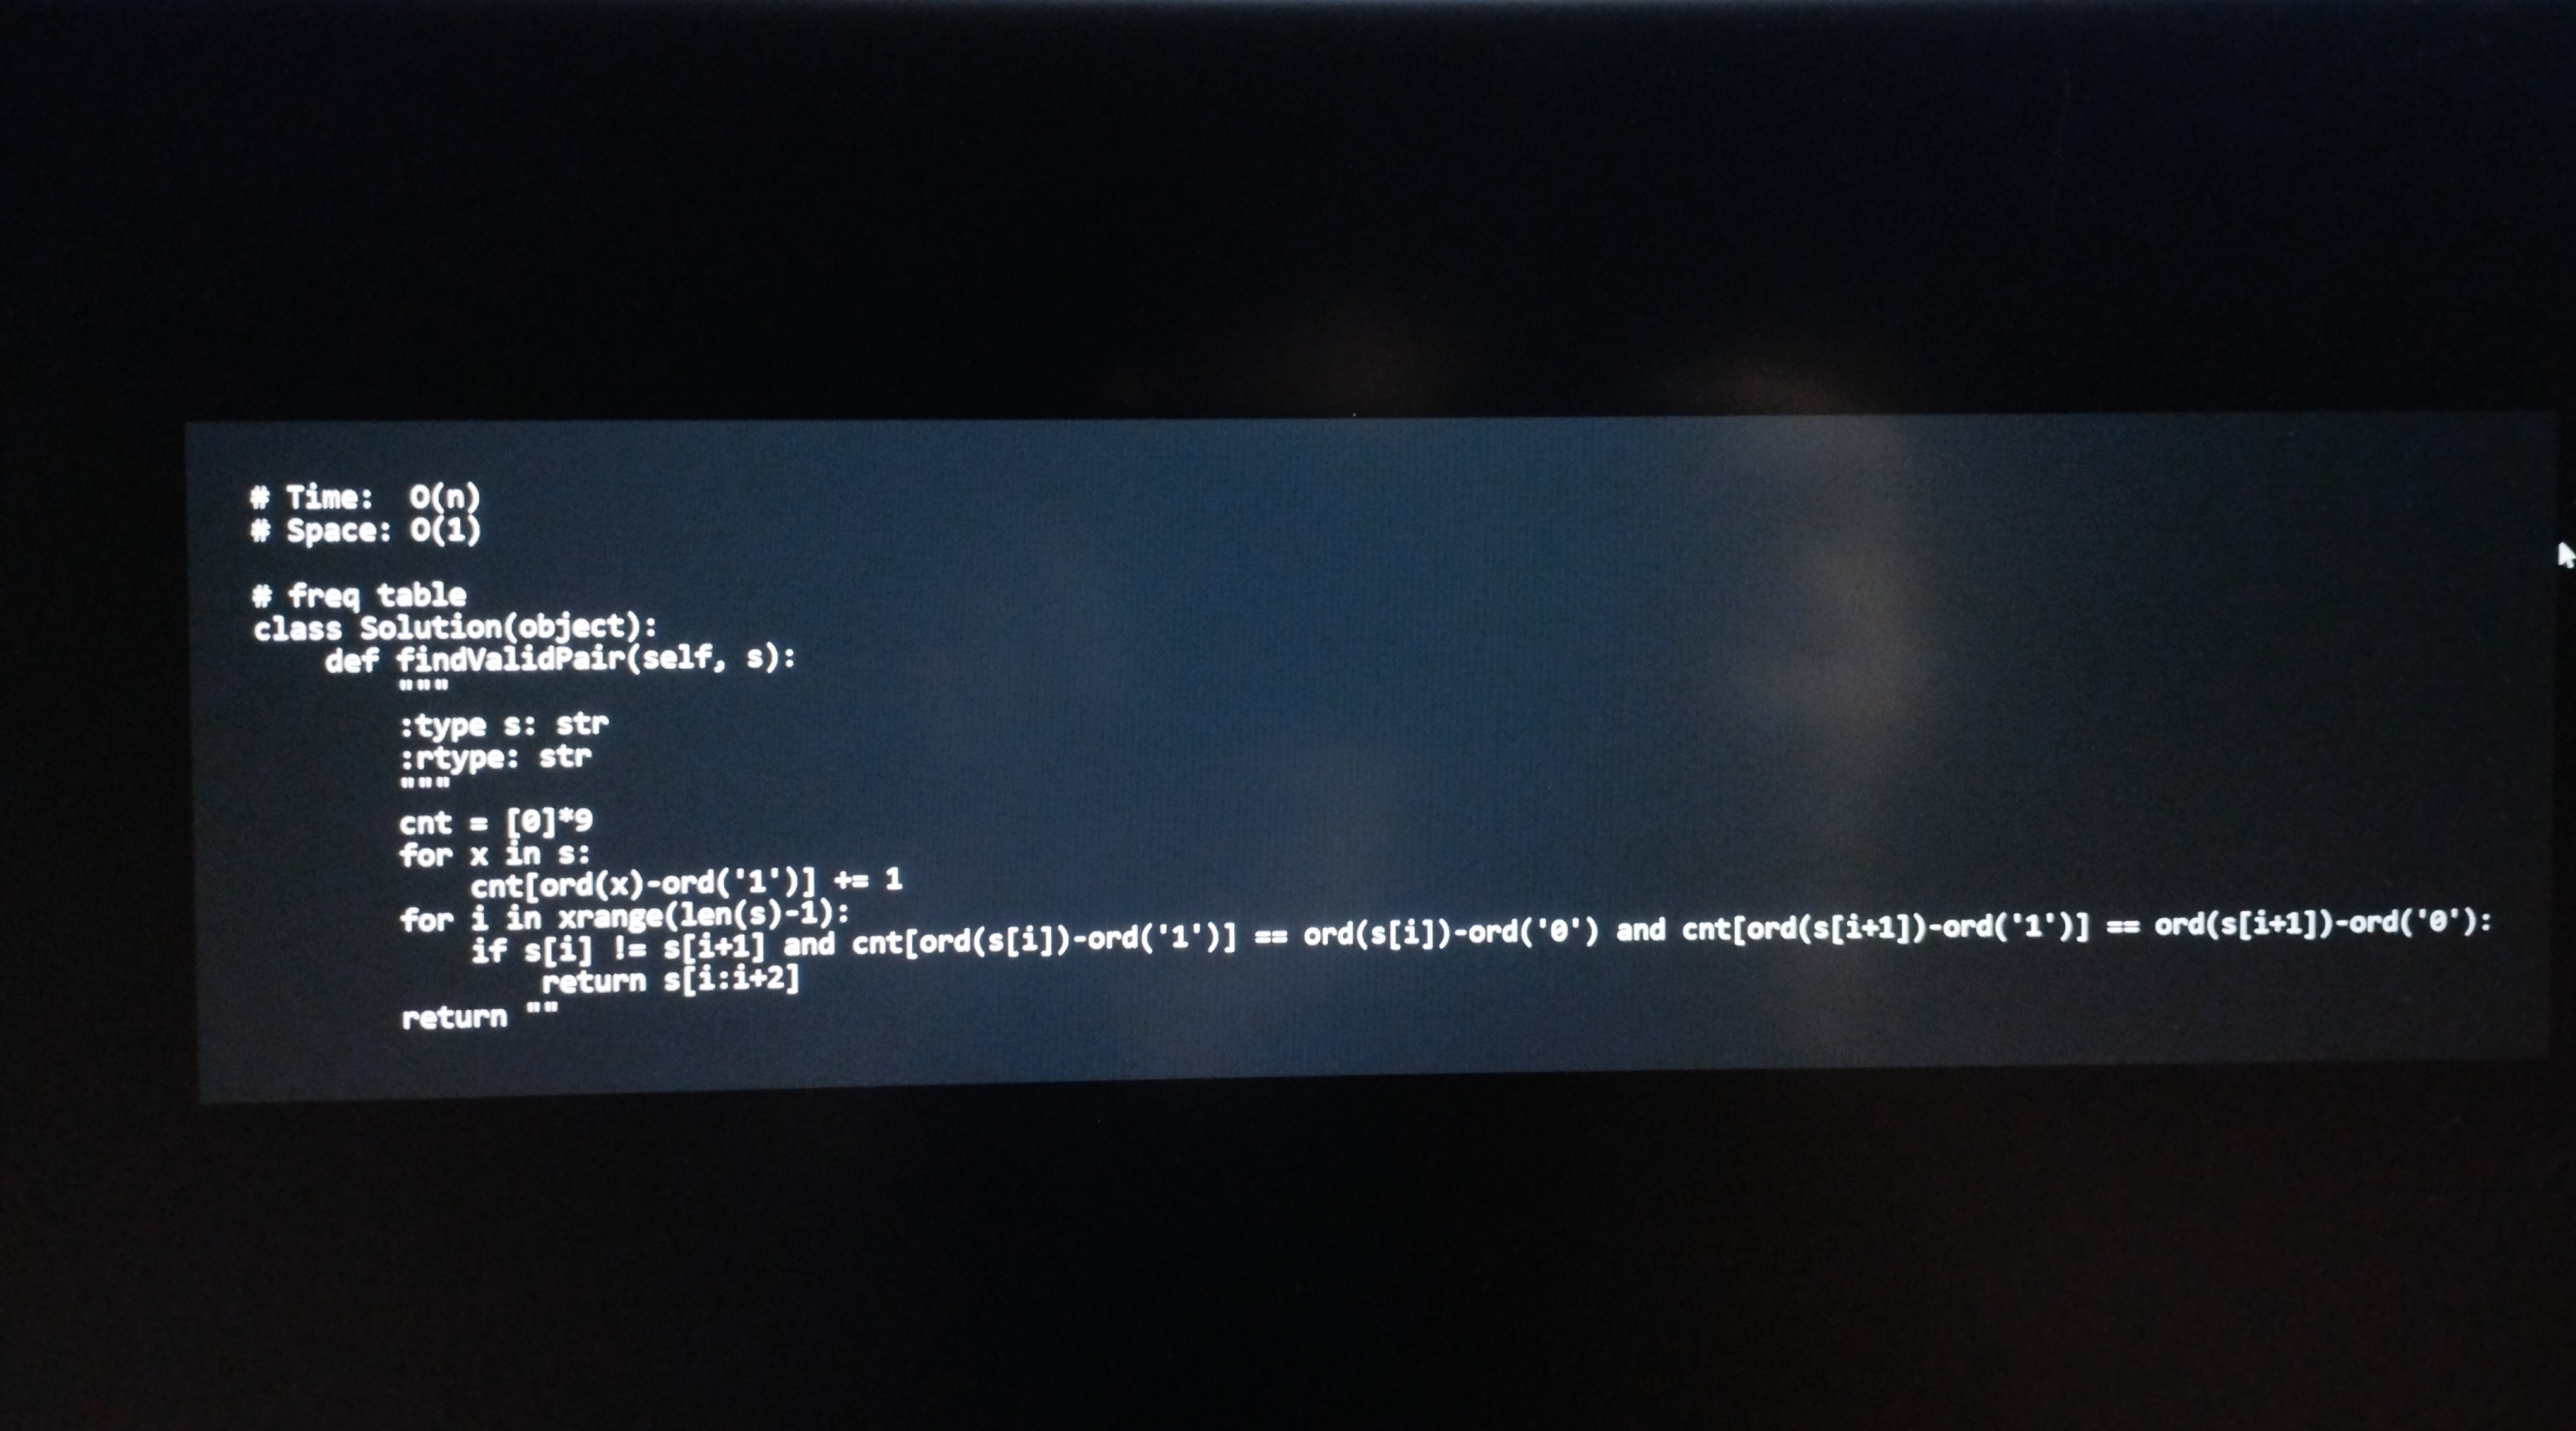
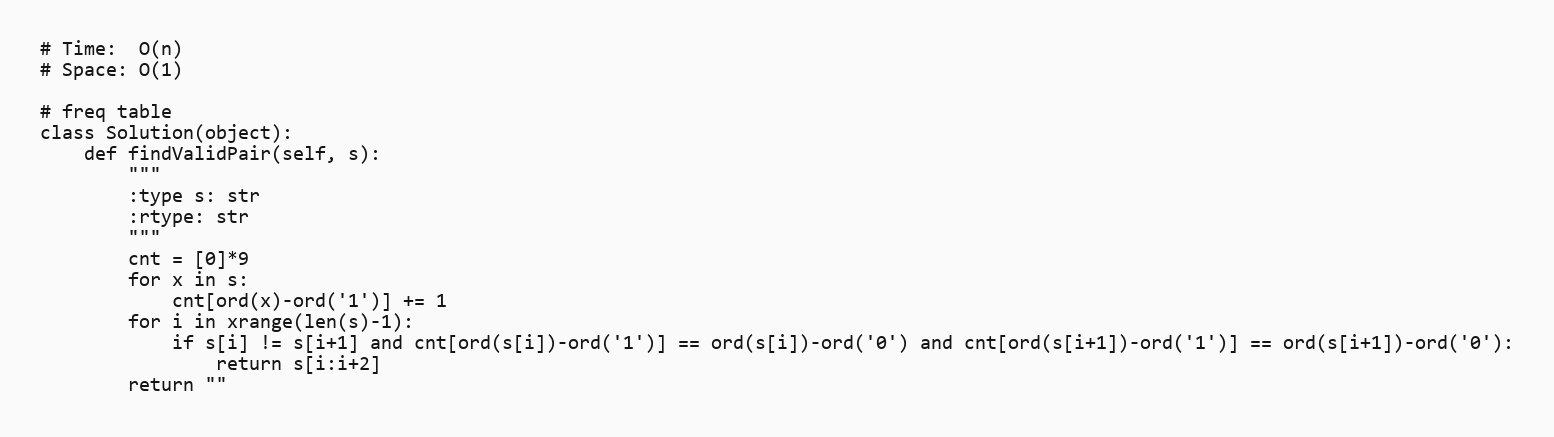
# Time:  O(n)
# Space: O(1)

# freq table
class Solution(object):
    def findValidPair(self, s):
        """
        :type s: str
        :rtype: str
        """
        cnt = [0]*9
        for x in s:
            cnt[ord(x)-ord('1')] += 1
        for i in xrange(len(s)-1):
            if s[i] != s[i+1] and cnt[ord(s[i])-ord('1')] == ord(s[i])-ord('0') and cnt[ord(s[i+1])-ord('1')] == ord(s[i+1])-ord('0'):
                return s[i:i+2]
        return ""